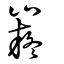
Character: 嶷